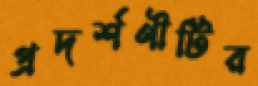
প্রদর্শণীটির